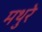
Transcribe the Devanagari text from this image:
मथुरे